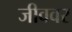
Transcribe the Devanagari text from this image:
जीववर